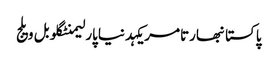
پاکستانبھارتامریکہدنیاپارلیمنٹگلوبل ویلج